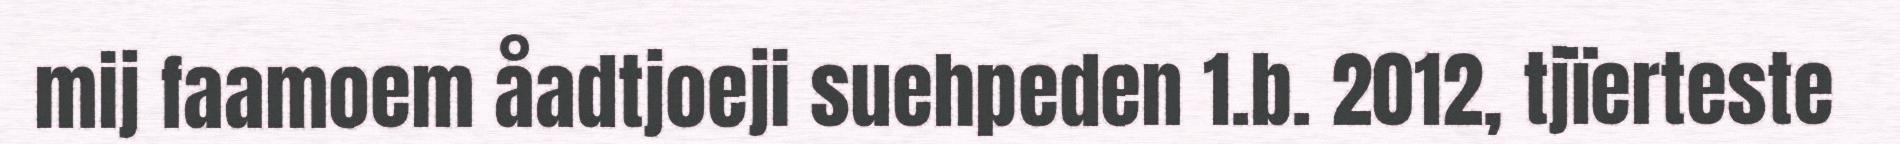
mij faamoem åadtjoeji suehpeden 1.b. 2012, tjïerteste